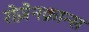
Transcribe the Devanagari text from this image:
रोज़ेनक्रान्स